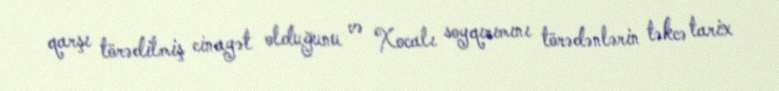
qarşı törədilmiş cinayət olduğunu və Xocalı soyqırımını törədənlərin təkcə tarix